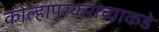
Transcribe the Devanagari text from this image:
कोल्हापूरकरांच्याकडे